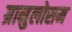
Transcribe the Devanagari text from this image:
ग्रानुलोसम